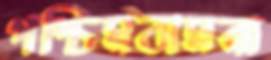
পশ্চিমবামনা